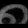
Digit: ၈